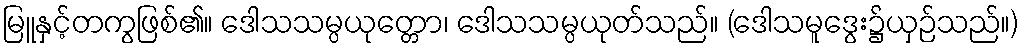
မြူနှင့်တကွဖြစ်၏။ ဒေါသသမ္ပယုတ္တော၊ ဒေါသသမ္ပယုတ်သည်။ (ဒေါသမူဒွေး၌ယှဉ်သည်။)